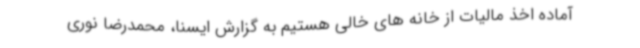
آماده اخذ مالیات از خانه های خالی هستیم به گزارش ایسنا، محمدرضا نوری